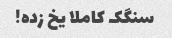
سنگک کاملا یخ زده!